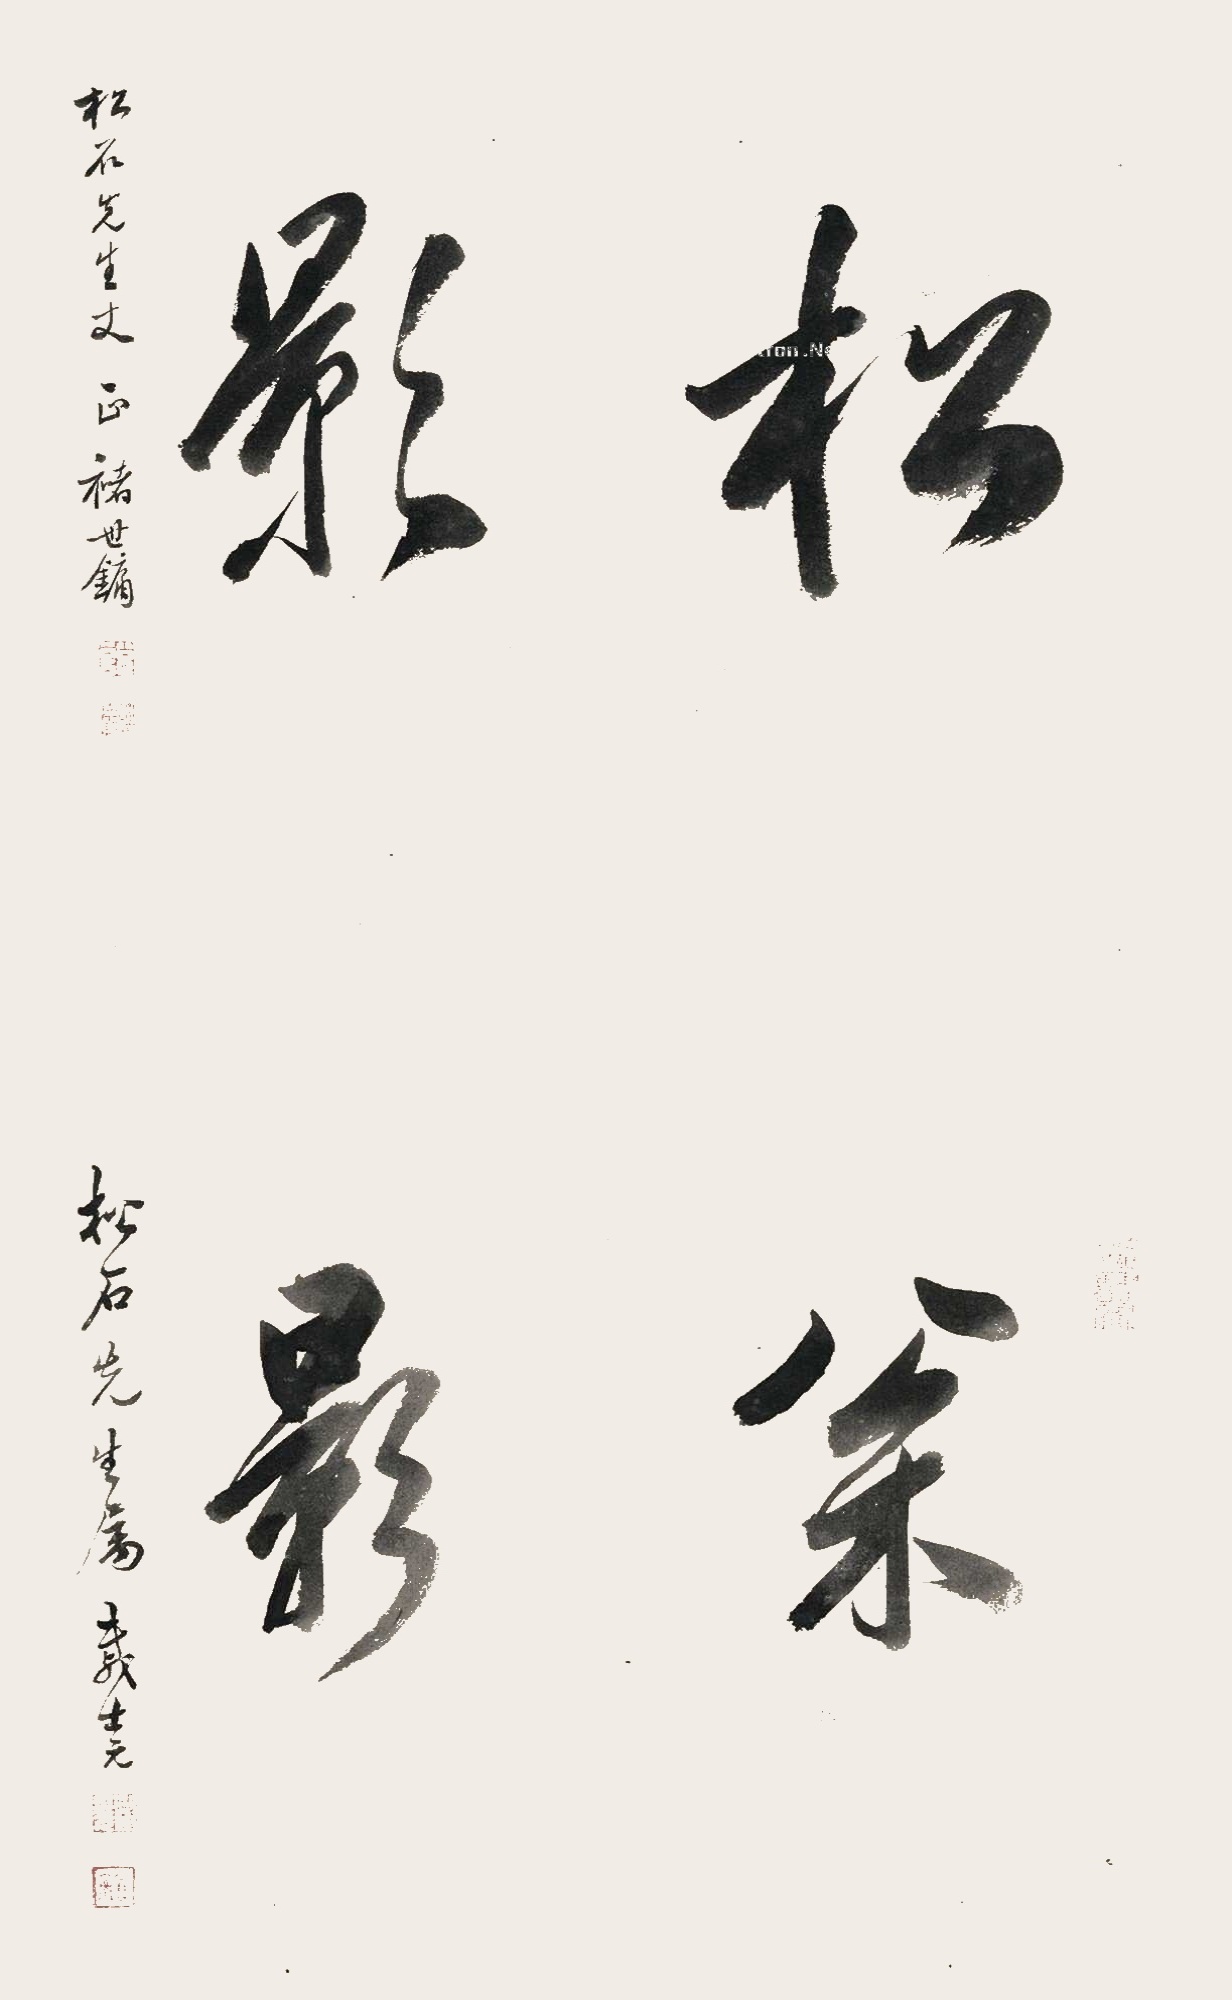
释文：松影。松石先生丈正，褚世镛。松影。松石先生属，戚士元。